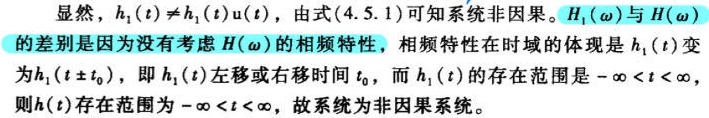
显然，$h_{1}(t)\neq h_{1}(t)u(t)$，由式(4.5.1)可知系统非因果。$H_{1}(\omega)$与$H(\omega)$的差别是因为没有考虑$H(\omega)$的相频特性，相频特性在时域的体现是$h_{1}(t)$变为$h_{1}(t\pm t_{0})$，即$h_{1}(t)$左移或右移时间$t_{0}$，而$h_{1}(t)$的存在范围是$-\infty < t < \infty$，则$h(t)$存在范围为$-\infty < t < \infty$，故系统为非因果系统。